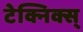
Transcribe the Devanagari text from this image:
टेक्निक्स्